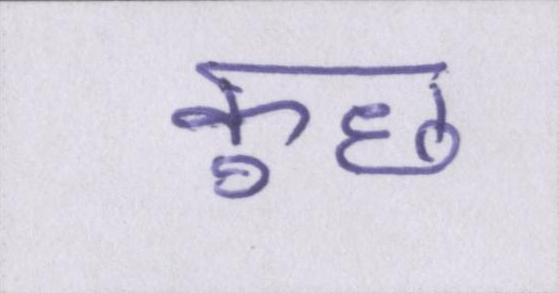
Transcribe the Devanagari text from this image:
कुछ